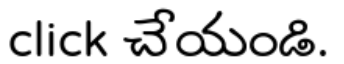
click చేయండి.